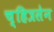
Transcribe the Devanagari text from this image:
च्हित्रसेन